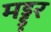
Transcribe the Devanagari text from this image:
मड्डुर